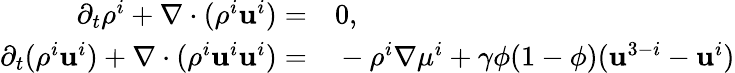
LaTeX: \begin{array}{rl}{\partial_{t}\rho^{i}+\nabla\cdot(\rho^{i}\mathbf{u}^{i})=}&{{}0,}\\ {\partial_{t}(\rho^{i}\mathbf{u}^{i})+\nabla\cdot(\rho^{i}\mathbf{u}^{i}\mathbf{u}^{i})=}&{{}-\rho^{i}\nabla\mu^{i}+\gamma\phi(1-\phi)(\mathbf{u}^{3-i}-\mathbf{u}^{i})}\end{array}